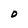
Character: D